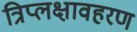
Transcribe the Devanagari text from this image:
त्रिप्लक्षावहरण